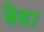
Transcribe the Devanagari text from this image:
बैढा